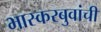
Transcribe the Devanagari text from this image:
भास्करबुवांची